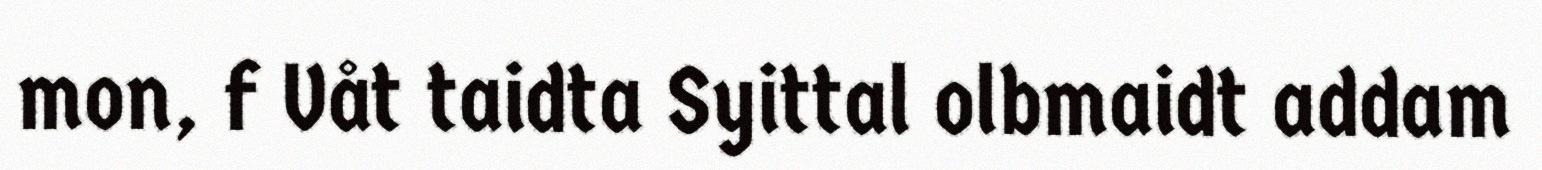
mon, f Våt taidta Syittal olbmaidt addam